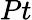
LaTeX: Pt